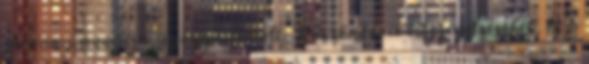
látvány annyira gyönyörű volt. Köszönöm a visszajelzéseket, és a